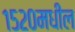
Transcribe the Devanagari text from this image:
१५२०मधील